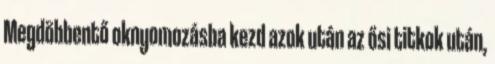
Megdöbbentő oknyomozásba kezd azok után az ősi titkok után,